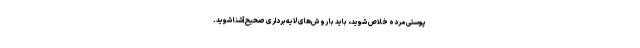
پوستی مرده خلاص شوید، ‌باید با روش‌های لایه‌برداری صحیح آشنا شوید.